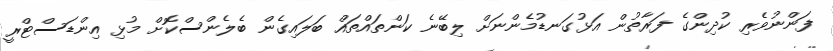
ފަންނުވެރި ކުދިންގެ ފަރާތުން އަޅުގަނޑުމެންނަށް ލިބޭނެ ކަންތައްތައް ބަލައިގެން ބެލެންސްކޮށް މުޅި އިންޑަސްޓްރީ